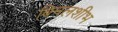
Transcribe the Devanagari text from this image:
बिनलशीभ